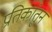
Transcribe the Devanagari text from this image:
प्रतिकांतुन